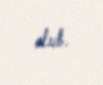
olub.